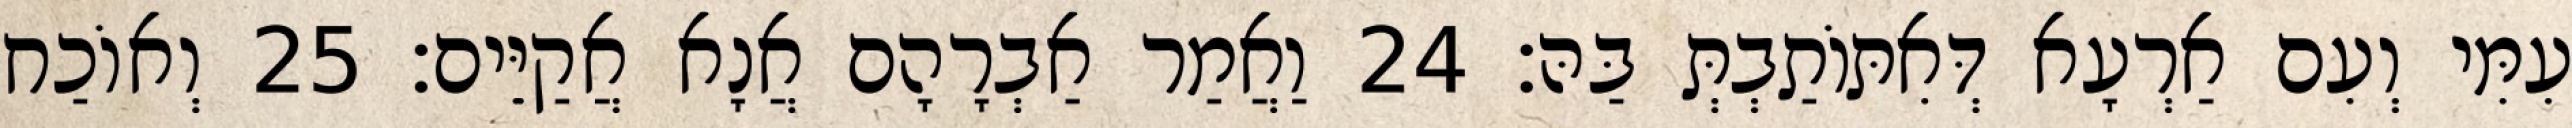
עִמִּי וְעִם אַרְעָא דְּאִתּוֹתַבְתְּ בַּהּ׃ 24 וַאֲמַר אַבְרָהָם אֲנָא אֲקַיֵּים׃ 25 וְאוֹכַח